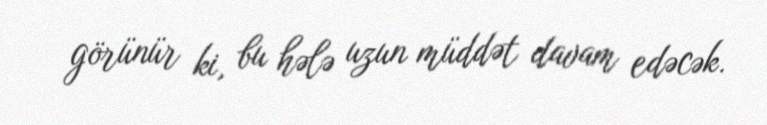
görünür ki, bu hələ uzun müddət davam edəcək.